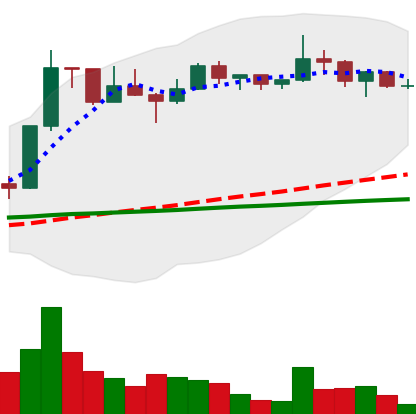
Ticker: LTC-USD
Chart end date: 2022-12-10
Forward return: -5.284%
Label: down_5_7